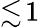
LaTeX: \lesssim\! 1